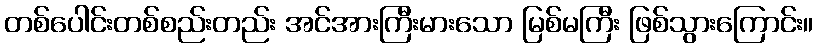
တစ်ပေါင်းတစ်စည်းတည်း အင်အားကြီးမားသော မြစ်မကြီး ဖြစ်သွားကြောင်း။